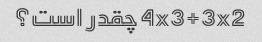
4x3+3x2 چقدر است؟